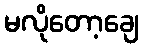
မလိုတော့ချေ